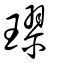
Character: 璆